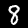
Digit: 8